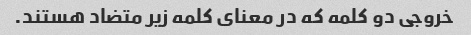
خروجی دو کلمه که در معنای کلمه زیر متضاد هستند.